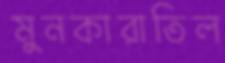
মুনকারাতিল